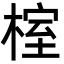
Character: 榁